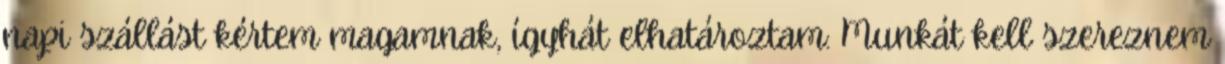
napi szállást kértem magamnak, ígyhát elhatároztam: Munkát kell szereznem